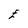
Character: E